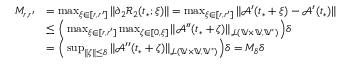
\begin{array} { r l } { M _ { r , r ^ { \prime } } } & { = \operatorname* { m a x } _ { \xi \in [ r , r ^ { \prime } ] } \| \partial _ { 2 } \mathcal { R } _ { 2 } ( t _ { * } ; \xi ) \| = \operatorname* { m a x } _ { \xi \in [ r , r ^ { \prime } ] } \| \mathcal { A } ^ { \prime } ( t _ { * } + \xi ) - \mathcal { A } ^ { \prime } ( t _ { * } ) \| } \\ & { \le \Big ( \operatorname* { m a x } _ { \xi \in [ r , r ^ { \prime } ] } \operatorname* { m a x } _ { \zeta \in [ 0 , \xi ] } \| \mathcal { A } ^ { \prime \prime } ( t _ { * } + \zeta ) \| _ { \mathcal { L } ( \mathbb { V } \times \mathbb { V } , \mathbb { V } ^ { * } ) } \Big ) \delta } \\ & { = \Big ( \operatorname* { s u p } _ { \| \zeta \| \le \delta } \| \mathcal { A } ^ { \prime \prime } ( t _ { * } + \zeta ) \| _ { \mathcal { L } ( \mathbb { V } \times \mathbb { V } , \mathbb { V } ^ { * } ) } \Big ) \delta = M _ { \delta } \delta } \end{array}